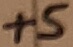
Text: +5